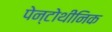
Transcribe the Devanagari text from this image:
पेन्टोथीनिक